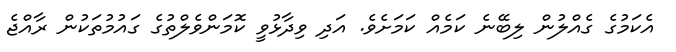
އެކަމުގެ ގެއްލުން ލިބޭނެ ކަމެއް ކަމަށެވެ. އަދި ވިދާޅުވީ ކޮމަންވެލްތުގެ ގައުމުތަކުން ރާއްޖެ